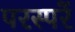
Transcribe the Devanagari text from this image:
परस्परें